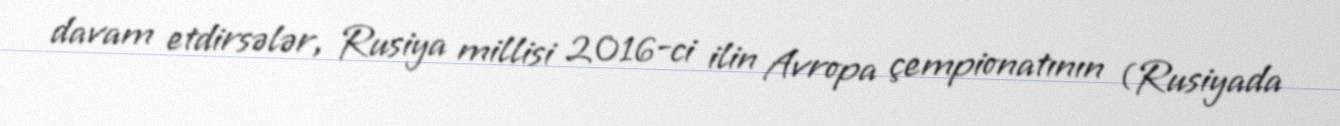
davam etdirsələr, Rusiya millisi 2016-ci ilin Avropa çempionatının (Rusiyada